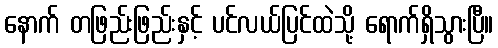
နောက် တဖြည်းဖြည်းနှင့် ပင်လယ်ပြင်ထဲသို့ ရောက်ရှိသွားပြီ။